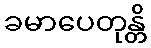
ခမာပေတုန္တိ